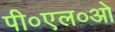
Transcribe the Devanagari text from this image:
पी०एल०ओ